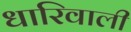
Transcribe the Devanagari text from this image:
धारिवाली